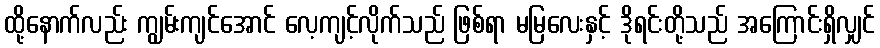
ထို့နောက်လည်း ကျွမ်းကျင်အောင် လေ့ကျင့်လိုက်သည် ဖြစ်ရာ မမြလေးနှင့် ဒိုရင်းတို့သည် အကြောင်းရှိလျှင်